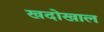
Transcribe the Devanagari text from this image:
खदोखाल